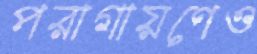
পরাগায়ণেও